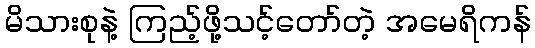
မိသားစုနဲ့ ကြည့်ဖို့သင့်တော်တဲ့ အမေရိကန်